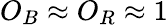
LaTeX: O_{B}\approx O_{R}\approx 1